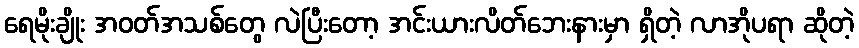
ရေမိုးချိုး အဝတ်အသစ်တွေ လဲပြီးတော့ အင်းယားလိတ်ဘေးနားမှာ ရှိတဲ့ လာအိုပရာ ဆိုတဲ့